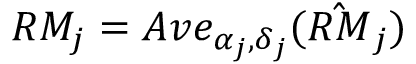
R M _ { j } = A v e _ { \alpha _ { j } , \delta _ { j } } ( \hat { R M } _ { j } )